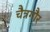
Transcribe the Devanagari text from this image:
चैत्रगौर